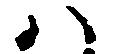
ハ